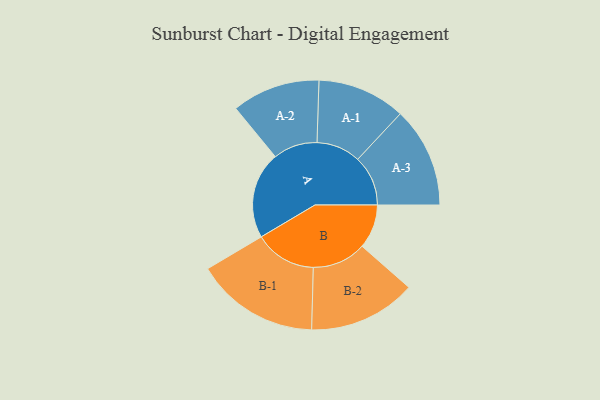
{"axis": {"x": "Segment", "y": "Value"}, "legend": ["", "A", "B"], "data": [{"x": "A", "y": 412, "type": ""}, {"x": "B", "y": 209, "type": ""}, {"x": "A-1", "y": 209, "type": "A"}, {"x": "A-2", "y": 209, "type": "A"}, {"x": "A-3", "y": 238, "type": "A"}, {"x": "B-1", "y": 293, "type": "B"}, {"x": "B-2", "y": 255, "type": "B"}]}